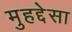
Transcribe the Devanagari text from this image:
मुहद्देसा